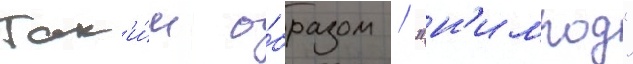
Так'и́м о́бразом / "н'имрод"